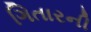
ગિતારની